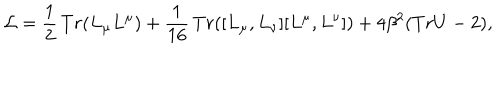
LaTeX: { \cal L } = \frac { 1 } { 2 } \, T r ( L _ { \mu } L ^ { \mu } ) + \frac { 1 } { 1 6 } \, T r ( [ L _ { \mu } , L _ { \nu } ] [ L ^ { \mu } , L ^ { \nu } ] ) + 4 \beta ^ { 2 } ( T r U - 2 ) ,